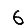
Digit: 6